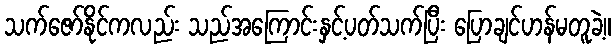
သက်ဇော်နိုင်ကလည်း သည်အကြောင်းနှင့်ပတ်သက်ပြီး ပြောချင်ဟန်မတူခဲ့။